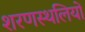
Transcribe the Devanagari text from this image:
शरणस्थलियों